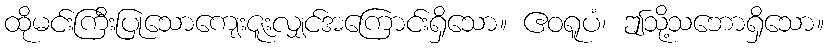
ထိုမင်းကြီးပြုသောကျေးဇူးလျှင်အကြောင်းရှိသော။ ဧဝရူပံ၊ ဤသို့သဘောရှိသော။